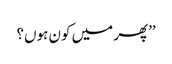
’’پھر میں کون ہوں؟